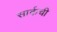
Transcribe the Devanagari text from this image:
सार्कची